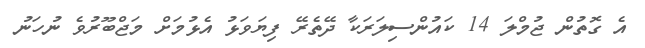
އެ ގޮތުން ޖުމްލަ 14 ކައުންސިލަރަކާ ދޭތެރޭ ފިޔަވަޅު އެޅުމަށް މަޖްބޫރުވެ ނުހަނު